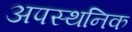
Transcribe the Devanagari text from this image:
अपस्थनिक